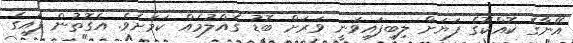
އޭނާގެ ކޮއްކޮގެ ފަޔަށް ލިބިފައިވަނީ ވަރަށް ބޮޑު ގެއްލުމެއް ކަމަށެވެ. އެގޮތުން ފައިގެ